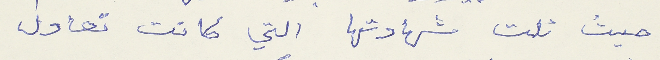
حيث نلت شهادتها التي كانت تعادل